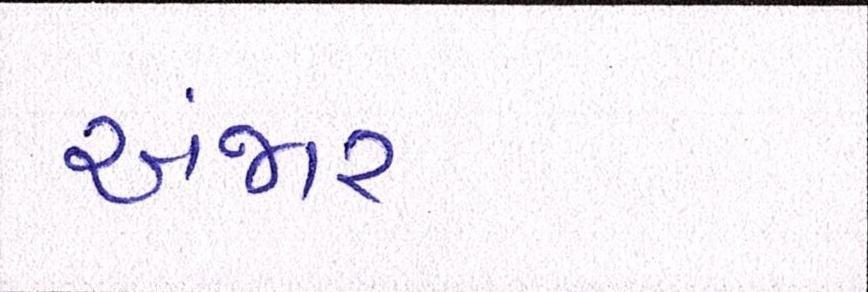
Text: અંજાર